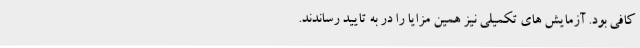
کافی بود. آزمایش های تکمیلی نیز همین مزایا را در به تایید رساندند.